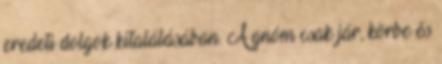
eredeti dolgok kitalálásában. A gnóm csak jár, körbe és